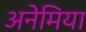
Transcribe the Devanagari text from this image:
अनेमिया